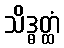
သိဒ္ဓတ္ထံ